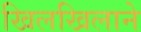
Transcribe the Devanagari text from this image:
खिलखिलाने